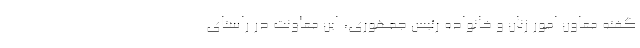
گفته‌ معاون امور زنان و خانواده رئیس جمهوری، این معاونت در راستای